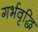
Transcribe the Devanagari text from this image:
गर्भवृद्धि